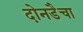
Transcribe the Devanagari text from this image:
दोनडैचा